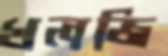
খলজি